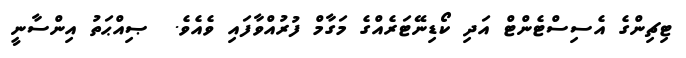
ޓިޗިންގެ އެސިސްޓެންޓް އަދި ކޯޑިނޭޓަރެއްގެ މަގާމް ފުރުއްވާފައި ވެއެވެ.  ޞިއްޙަތު އިންސާނީ